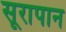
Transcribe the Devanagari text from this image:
सूरापान